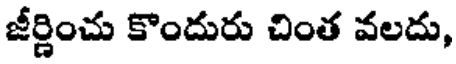
జీర్ణించు కొందురు చింత వలదు,